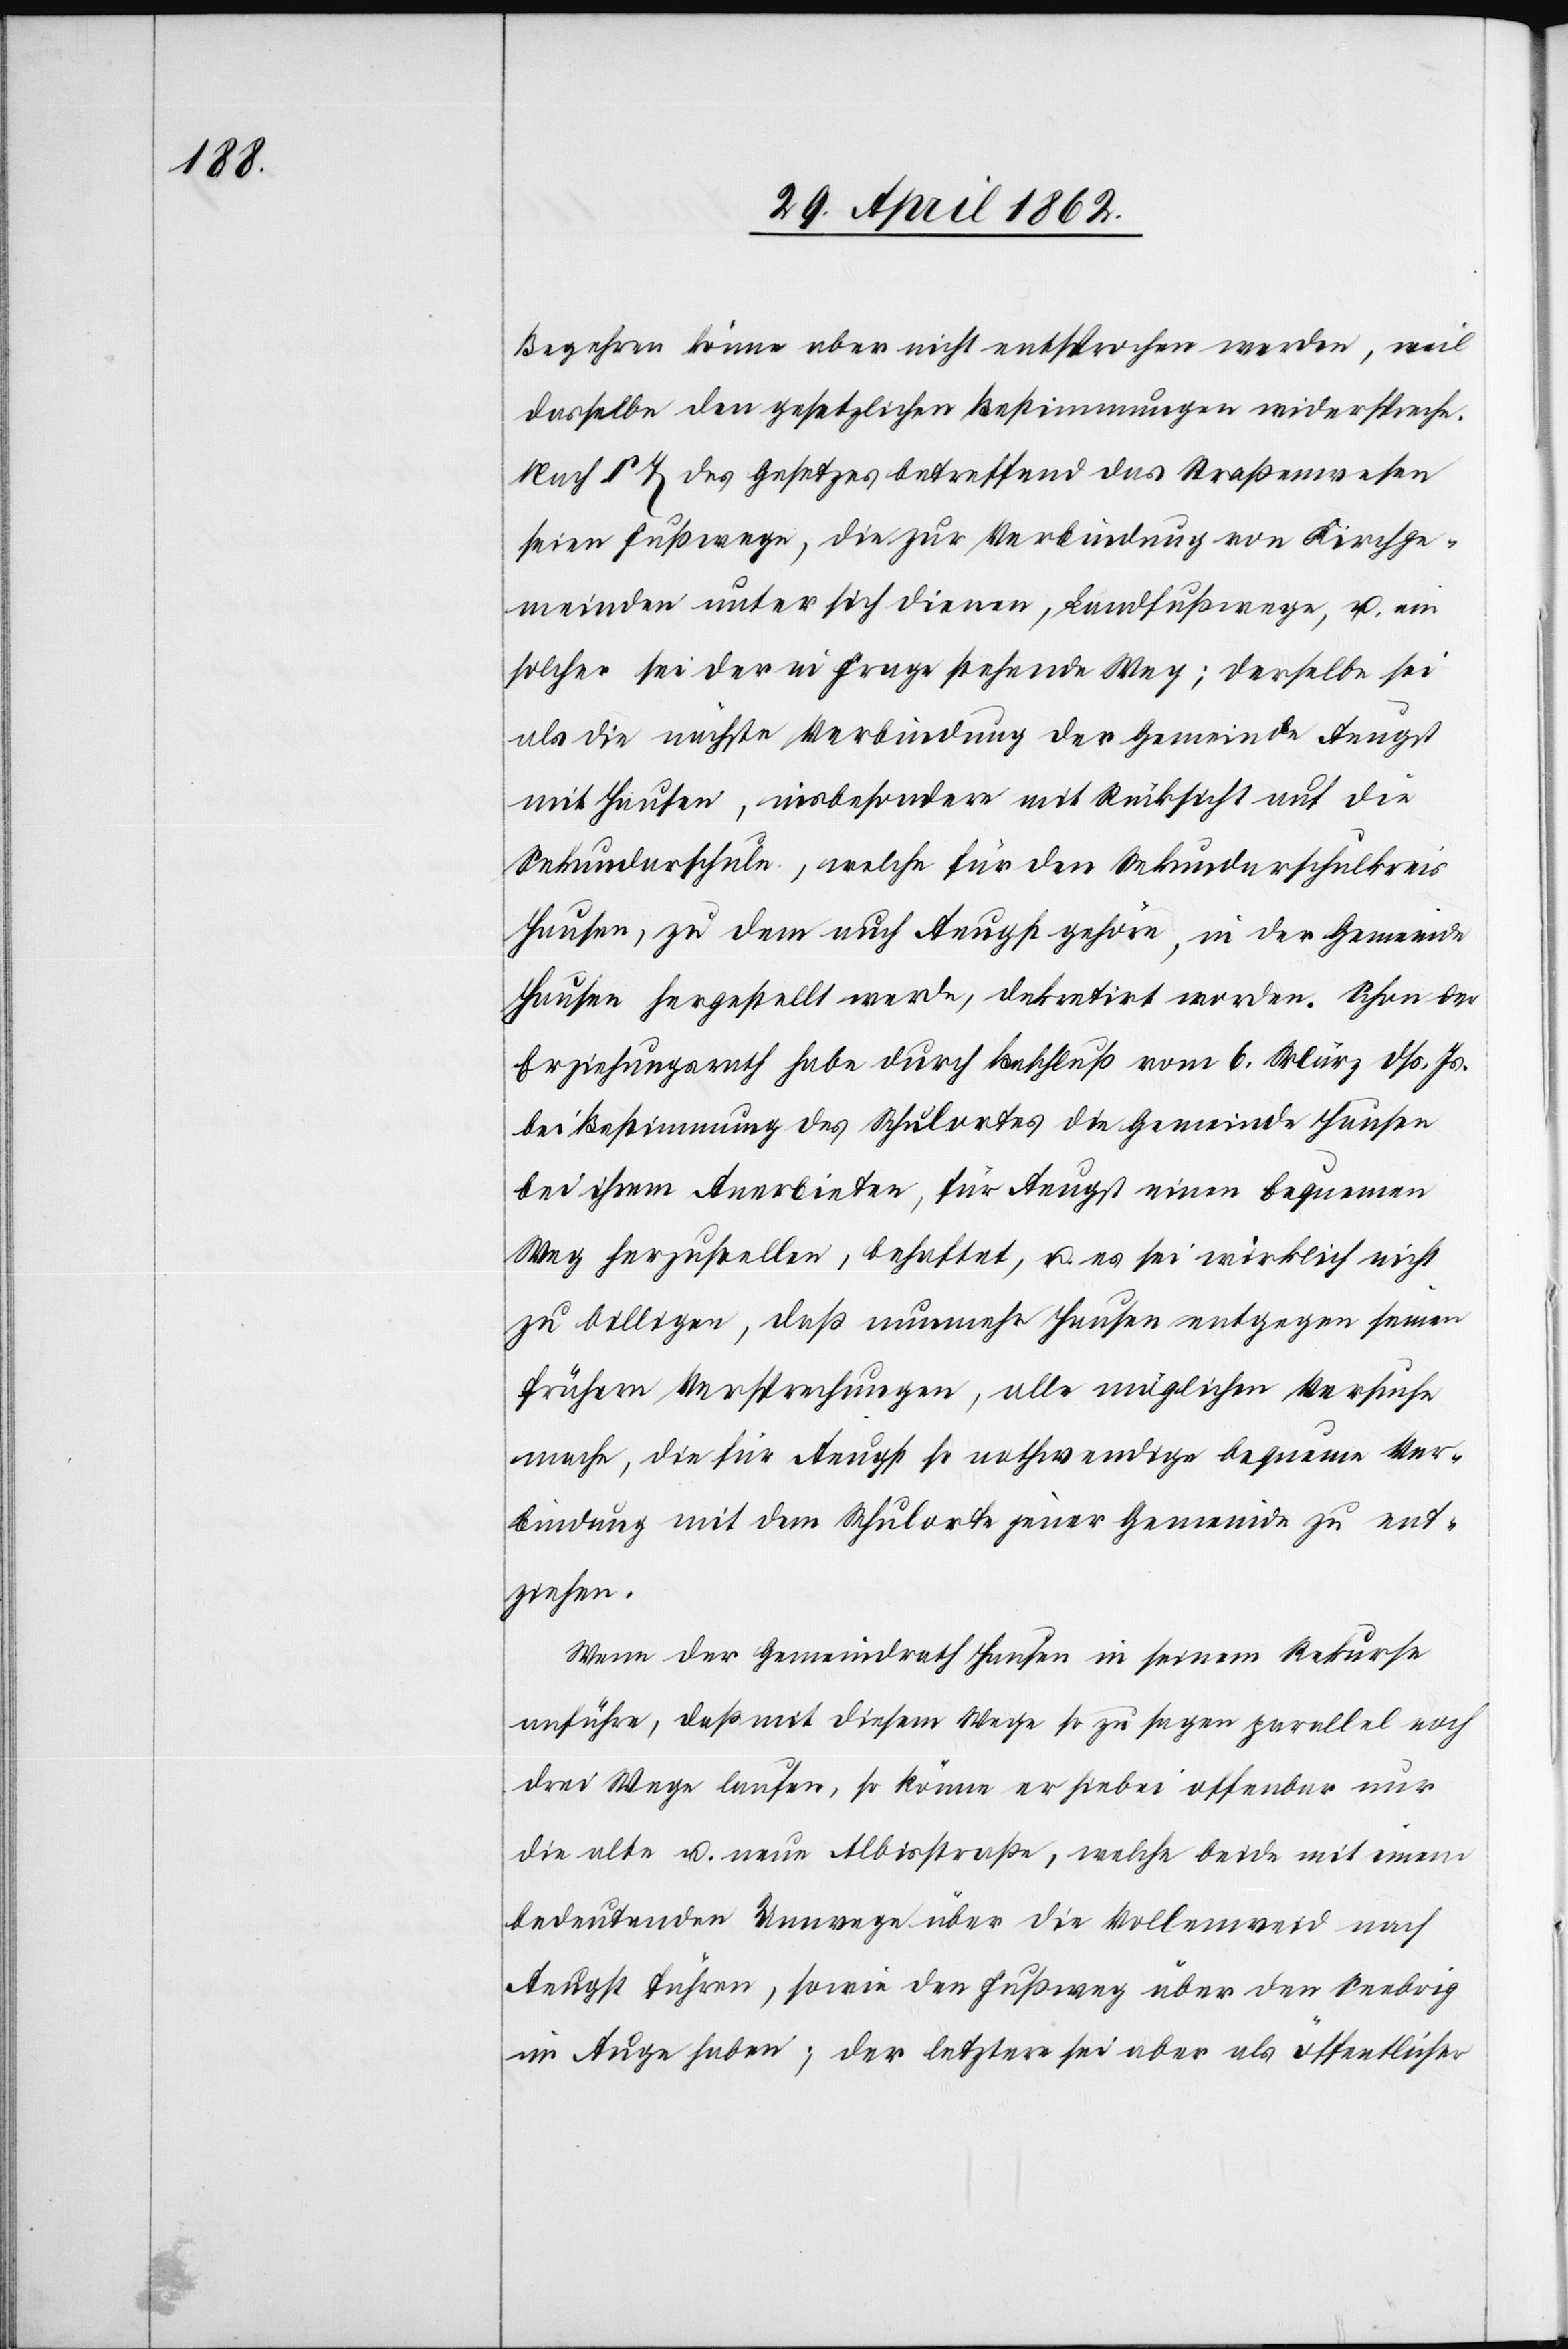
Begehren könne aber nicht entsprochen werden, weil
dasselbe den gesetzlichen Bestimmungen widerspreche.
Nach § 7 des Gesetzes betreffend das Straßenwesen
seien Fußwege, die zur Verbindung von Kirchge¬
meinden unter sich dienen, Landfußwege, u. ein
solcher sei der in Frage stehende Weg; derselbe sei
als die nächste Verbindung der Gemeinde Aeugst
mit Hausen, insbesondere mit Rücksicht auf die
Sekundarschule, welche für den Sekundarschulkreis
Hausen, zu dem auch Aeugst gehöre, in der Gemeinde
Hausen hergestellt werde, dekretirt worden. Schon der
Erziehungsrath habe durch Beschluß vom 6. März dß. Js.
bei Bestimmung des Schulortes die Gemeinde Hausen
bei ihrem Anerbieten, für Aeugst einen bequemen
Weg herzustellen, behaftet, u. es sei wirklich nicht
zu billigen, daß nunmehr Hausen entgegen seinen
frühern Versprechungen, alle möglichen Versuche
mache, die für Aeugst so nothwendige bequeme Ver¬
bindung mit dem Schulorte jener Gemeinde zu ent¬
ziehen.
Wenn der Gemeindrath Hausen in seinem Rekurse
anführe, daß mit diesem Wege so zu sagen parallel noch
drei Wege laufen, so könne er hiebei offenbar nur
die alte u. neue Albisstraße, welche beide mit einem
bedeutenden Umwege über die Vollenweid nach
Aeugst führen, sowie den Fußweg übe den Seebrig
im Auge haben; der letztere sei aber als öffentlicher